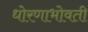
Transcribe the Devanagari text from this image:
धोरणाभोवती